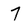
Character: 7